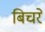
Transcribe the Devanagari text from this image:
बिचरे